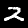
Digit: 2